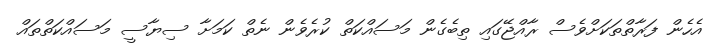
އެހެން ފަރާތްތަކަށްވެސް ރާއްޖޭގައި ތިބެގެން މަސައްކަތް ކުރެވެން ނެތް ކަމަށާ ސިޔާސީ މަސައްކަތްތައް